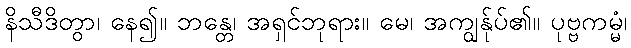
နိသီဒိတွာ၊ နေ၍။ ဘန္တေ၊ အရှင်ဘုရား။ မေ၊ အကျွန်ုပ်၏။ ပုဗ္ဗကမ္မံ၊